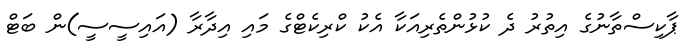
ޕާކިސްތާނުގެ އިތުރު ދެ ކުޅުންތެރިއަކާ އެކު ކްރިކެޓްގެ މައި އިދާރާ (އައިސީސީ)ން ބަޓް